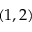
( 1 , 2 )